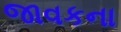
જાવકના